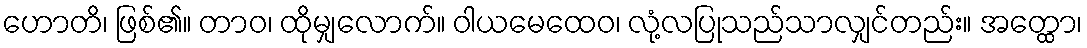
ဟောတိ၊ ဖြစ်၏။ တာဝ၊ ထိုမျှလောက်။ ဝါယမေထေဝ၊ လုံ့လပြုသည်သာလျှင်တည်း။ အတ္ထော၊